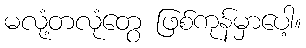
မလုံ့တလုံတွေ ဖြစ်ကုန်မှာပေါ့။